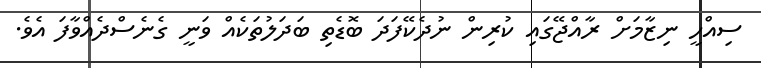
ސިއްހީ ނިޒާމަށް ރާއްޖޭގައި ކުރިން ނުދެކޭފަދަ ބޮޑެތި ބަދަލުތަކެއް ވަނީ ގެނެސްދެއްވާފަ އެވެ.